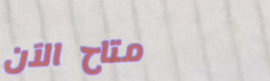
متاح الآن